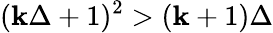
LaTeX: (\mathbf{k}\Delta+1)^{2}>(\mathbf{k}+1)\Delta